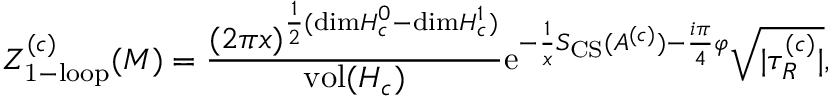
Z _ { \mathrm { 1 - l o o p } } ^ { ( c ) } ( M ) = { \frac { ( 2 \pi x ) ^ { { \frac { 1 } { 2 } } ( \mathrm { d i m } H _ { c } ^ { 0 } - \mathrm { d i m } H _ { c } ^ { 1 } ) } } { \mathrm { v o l } ( H _ { c } ) } } \mathrm { e } ^ { - { \frac { 1 } { x } } S _ { \mathrm { C S } } ( A ^ { ( c ) } ) - { \frac { i \pi } { 4 } } \varphi } { \sqrt { | \tau _ { R } ^ { ( c ) } | } } ,